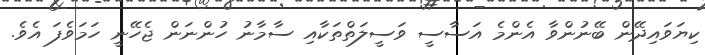
ކިޔަވައިދޭން ބޭނުންވާ އެންމެ އަސާސީ ވަސީލަތްތަކާއި ސާމާނު ހުންނަން ޖެހޭނީ ހަމަވެފަ އެވެ.